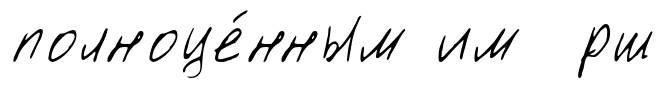
полноце́нным им ́рш